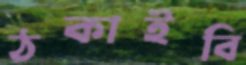
ঠকাইবি